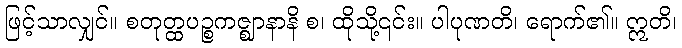
ဖြင့်သာလျှင်။ စတုတ္ထပဉ္စကဇ္ဈာနာနိ စ၊ ထိုသို့၎င်း။ ပါပုဏတိ၊ ရောက်၏။ ဣတိ၊